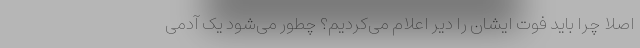
اصلا چرا باید فوت ایشان را دیر اعلام می‌کردیم؟ چطور می‌شود یک آدمی